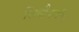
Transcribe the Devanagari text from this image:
सिद्धैकवीर